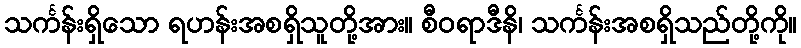
သင်္ကန်းရှိသော ရဟန်းအစရှိသူတို့အား။ စီဝရာဒီနိ၊ သင်္ကန်းအစရှိသည်တို့ကို။